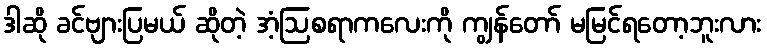
ဒါဆို ခင်ဗျားပြမယ် ဆိုတဲ့ အံ့ဩစရာကလေးကို ကျွန်တော် မမြင်ရတော့ဘူးလား